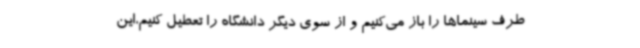
طرف سینماها را باز می‌کنیم و از سوی دیگر دانشگاه را تعطیل کنیم،این